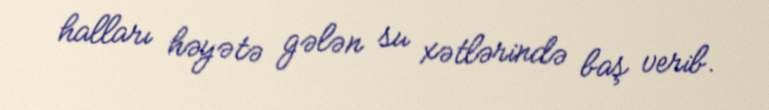
halları həyətə gələn su xətlərində baş verib.